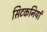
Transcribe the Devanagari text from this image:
सिटकनियां